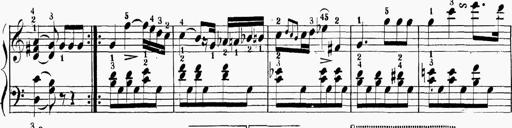
Title: 6 Sonatinas
Composer: Carl Reinecke